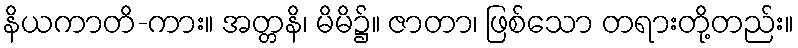
နိယကာတိ-ကား။ အတ္တနိ၊ မိမိ၌။ ဇာတာ၊ ဖြစ်သော တရားတို့တည်း။